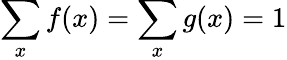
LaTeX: \sum_{x}f(x)=\sum_{x}g(x)=1